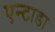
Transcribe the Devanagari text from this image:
एन्टाडा